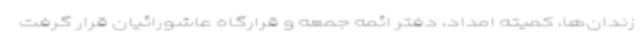
زندان‌ها، کمیته امداد، دفتر ائمه جمعه و قرارگاه عاشورائیان قرار گرفت